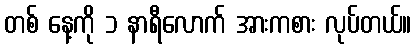
တစ် နေ့ကို ၁ နာရီလောက် အားကစား လုပ်တယ်။